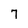
Character: 7